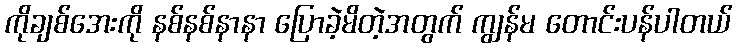
ကိုချစ်အေးကို နစ်နစ်နာနာ ပြောခဲ့မိတဲ့အတွက် ကျွန်မ တောင်းပန်ပါတယ်